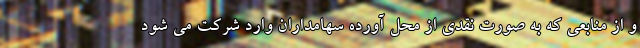
و از منابعی که به صورت نقدی از محل آورده سهامداران وارد شرکت می شود